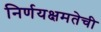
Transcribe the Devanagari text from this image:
निर्णयक्षमतेची